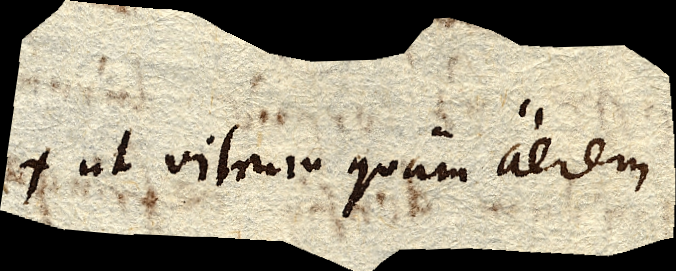
ut vitrum quam aerem